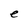
Character: e